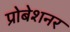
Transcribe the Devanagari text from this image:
प्रोबेशनर